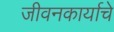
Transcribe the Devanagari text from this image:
जीवनकार्याचे